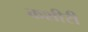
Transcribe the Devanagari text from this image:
कशीरी